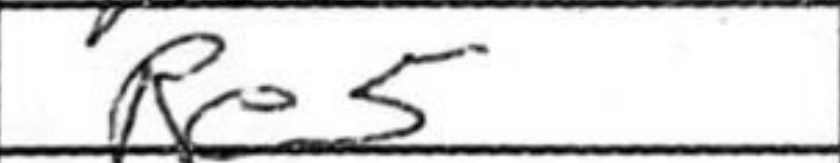
Transcription: Re5